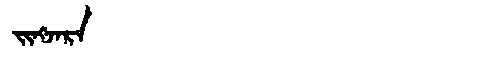
Manchu: ᠵᡳᠩᠵᠠᡵᠠ
Romanization: JINGJARA